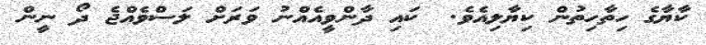
ކާޔާގެ ހިތާހިތުން ކިޔާލިއެވެ.  ކައި ދާންވީއެއްނު ވަރަށް ލަސްވެއްޖެ ދޯ ނީން